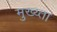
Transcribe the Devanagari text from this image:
मुख्य्ता